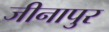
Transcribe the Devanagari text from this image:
जीनापुर